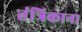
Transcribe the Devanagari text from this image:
तंत्रिकाना